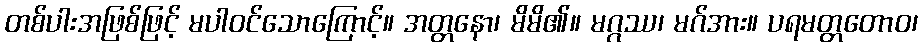
တစ်ပါးအဖြစ်ဖြင့် မပါဝင်သောကြောင့်။ အတ္တနော၊ မိမိ၏။ မဂ္ဂဿ၊ မဂ်အား။ ပရမတ္တတောဝ၊